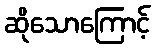
ဆိုသောကြောင့်